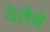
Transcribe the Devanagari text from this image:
येल्लेन्ने